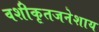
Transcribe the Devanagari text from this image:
वशीकृतजनेशाय